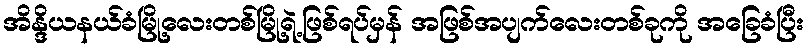
အိန္ဒိယနယ်ခံမြို့လေးတစ်မြို့ရဲ့ဖြစ်ရပ်မှန် အဖြစ်အပျက်လေးတစ်ခုကို အခြေခံပြီး